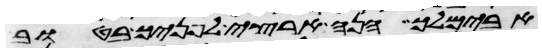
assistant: אבימלך הנה ארצי לפניך בטוב